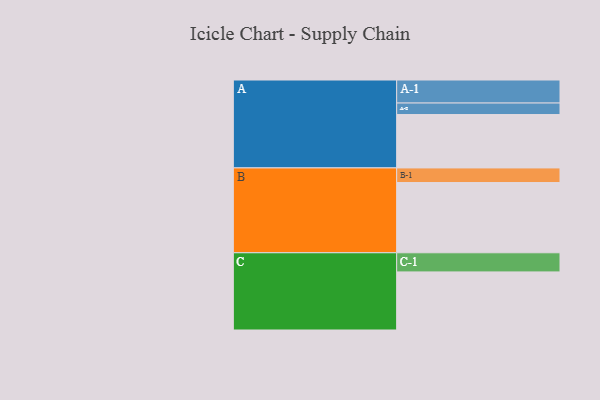
{"axis": {"x": "Segment", "y": "Value"}, "legend": ["", "A", "B", "C"], "data": [{"x": "A", "y": 399, "type": ""}, {"x": "B", "y": 525, "type": ""}, {"x": "C", "y": 434, "type": ""}, {"x": "A-1", "y": 172, "type": "A"}, {"x": "A-2", "y": 86, "type": "A"}, {"x": "B-1", "y": 109, "type": "B"}, {"x": "C-1", "y": 143, "type": "C"}]}